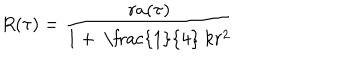
R ( \tau ) = \frac { r a ( \tau ) } { 1 + \mathrm { ~ \frac { 1 } { 4 } ~ } k r ^ { 2 } }